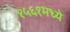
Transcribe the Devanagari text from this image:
१५६१मध्ये